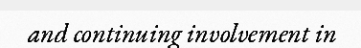
and continuing involvement in